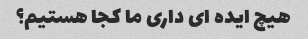
هیچ ایده ای داری ما کجا هستیم؟